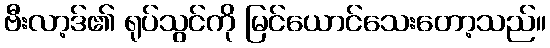
ဗီးလာ့ဒ်၏ ရုပ်သွင်ကို မြင်ယောင်သေးတော့သည်။